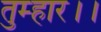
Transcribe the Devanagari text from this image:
तुम्‍हार।।